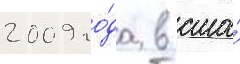
2009 го́да в сша́